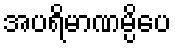
အပရိမာဏမ္ပိပေ